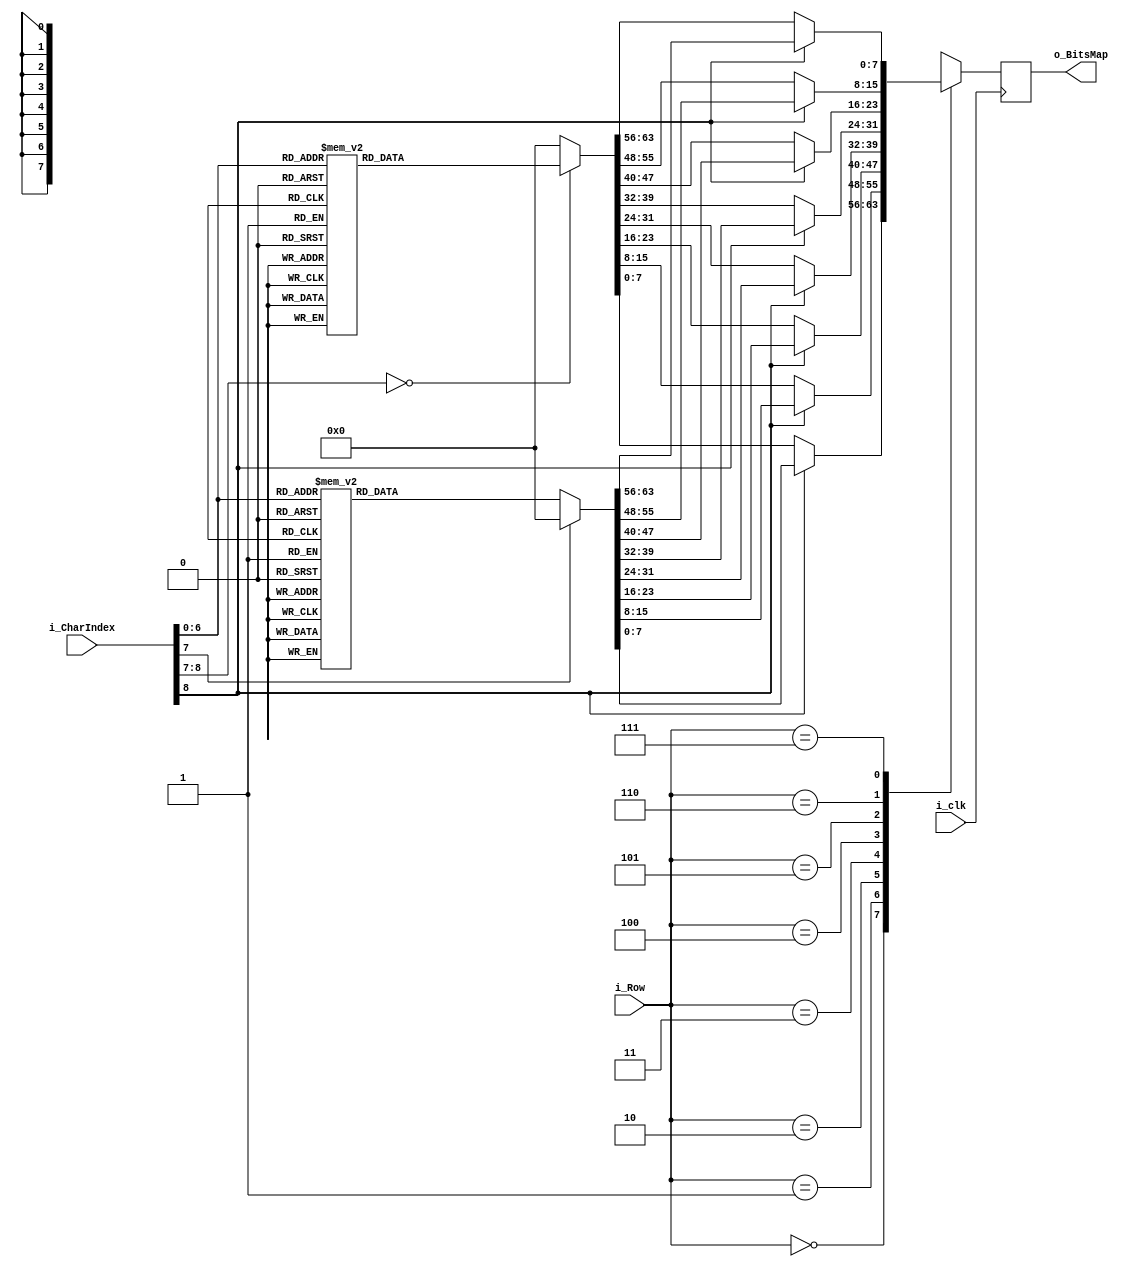
`timescale 1ns / 1ps
//////////////////////////////////////////////////////////////////////////////////
// Company: 
// Engineer: 
// 
// Design Name: 
// Module Name:    CharROM 
// Project Name: 
// Target Devices: 
// Tool versions: 
// Description: 
//
// Dependencies: 
//
// Revision: 
// Revision 0.01 - File Created
// Additional Comments: 
//
//////////////////////////////////////////////////////////////////////////////////
module CharROM(
	 input i_clk,
	 input[8:0] i_CharIndex,
	 input[2:0] i_Row,
	 output[7:0] o_BitsMap
    );

	reg[7:0] r_CharArray [0:7];
	reg[7:0] r_BitsMap = 'b0;
	
	always @(posedge i_clk)
		begin
			r_CharArray[0] = 'h00;
			r_CharArray[1] = 'h00;
			r_CharArray[2] = 'h00;
			r_CharArray[3] = 'h00;
			r_CharArray[4] = 'h00;
			r_CharArray[5] = 'h00;
			r_CharArray[6] = 'h00;
			r_CharArray[7] = 'h00;
		
		
			if (i_CharIndex[8] == 'b0)				//---------------LOW CAPS LOCK-------------
				case (i_CharIndex)
					'h45:									// Num = 0
						begin
							r_CharArray[0] = 'h00;
							r_CharArray[1] = 'h1C;
							r_CharArray[2] = 'h22;
							r_CharArray[3] = 'h32;
							r_CharArray[4] = 'h2A;
							r_CharArray[5] = 'h26;
							r_CharArray[6] = 'h22;
							r_CharArray[7] = 'h1C;
						end
					'h16:									// Num = 1
						begin
							r_CharArray[0] = 'h00;
							r_CharArray[1] = 'h08;
							r_CharArray[2] = 'h0C;
							r_CharArray[3] = 'h08;
							r_CharArray[4] = 'h08;
							r_CharArray[5] = 'h08;
							r_CharArray[6] = 'h08;
							r_CharArray[7] = 'h1C;
						end
					'h1E:									// Num = 2
						begin
							r_CharArray[0] = 'h00;
							r_CharArray[1] = 'h1C;
							r_CharArray[2] = 'h22;
							r_CharArray[3] = 'h20;
							r_CharArray[4] = 'h10;
							r_CharArray[5] = 'h08;
							r_CharArray[6] = 'h04;
							r_CharArray[7] = 'h3E;
						end
					'h26:									// Num = 3
						begin
							r_CharArray[0] = 'h00;
							r_CharArray[1] = 'h3E;
							r_CharArray[2] = 'h10;
							r_CharArray[3] = 'h08;
							r_CharArray[4] = 'h10;
							r_CharArray[5] = 'h20;
							r_CharArray[6] = 'h22;
							r_CharArray[7] = 'h1C;
						end
					'h25:									// Num = 4
						begin
							r_CharArray[0] = 'h00;
							r_CharArray[1] = 'h10;
							r_CharArray[2] = 'h18;
							r_CharArray[3] = 'h14;
							r_CharArray[4] = 'h12;
							r_CharArray[5] = 'h7E;
							r_CharArray[6] = 'h10;
							r_CharArray[7] = 'h10;
						end
					'h2E:									// Num = 5
						begin
							r_CharArray[0] = 'h00;
							r_CharArray[1] = 'h3E;
							r_CharArray[2] = 'h02;
							r_CharArray[3] = 'h1E;
							r_CharArray[4] = 'h20;
							r_CharArray[5] = 'h20;
							r_CharArray[6] = 'h22;
							r_CharArray[7] = 'h1C;
						end
					'h36:									// Num = 6
						begin
							r_CharArray[0] = 'h00;
							r_CharArray[1] = 'h18;
							r_CharArray[2] = 'h04;
							r_CharArray[3] = 'h02;
							r_CharArray[4] = 'h1E;
							r_CharArray[5] = 'h22;
							r_CharArray[6] = 'h22;
							r_CharArray[7] = 'h1C;
						end
					'h3D:									// Num = 7
						begin
							r_CharArray[0] = 'h00;
							r_CharArray[1] = 'h3E;
							r_CharArray[2] = 'h22;
							r_CharArray[3] = 'h10;
							r_CharArray[4] = 'h08;
							r_CharArray[5] = 'h08;
							r_CharArray[6] = 'h08;
							r_CharArray[7] = 'h08;
						end
					'h3E:									// Num = 8
						begin
							r_CharArray[0] = 'h00;
							r_CharArray[1] = 'h1C;
							r_CharArray[2] = 'h22;
							r_CharArray[3] = 'h22;
							r_CharArray[4] = 'h1C;
							r_CharArray[5] = 'h22;
							r_CharArray[6] = 'h22;
							r_CharArray[7] = 'h1C;
						end
					'h46:									// Num = 9
						begin
							r_CharArray[0] = 'h00;
							r_CharArray[1] = 'h1C;
							r_CharArray[2] = 'h22;
							r_CharArray[3] = 'h22;
							r_CharArray[4] = 'h3C;
							r_CharArray[5] = 'h20;
							r_CharArray[6] = 'h10;
							r_CharArray[7] = 'h0C;
						end
					'h4E:									// Char = -
						begin
							r_CharArray[0] = 'h00;
							r_CharArray[1] = 'h00;
							r_CharArray[2] = 'h00;
							r_CharArray[3] = 'h00;
							r_CharArray[4] = 'h3E;
							r_CharArray[5] = 'h00;
							r_CharArray[6] = 'h00;
							r_CharArray[7] = 'h00;						
						end
					'h55:									// Char = 
						begin
							r_CharArray[0] = 'h00;
							r_CharArray[1] = 'h00;
							r_CharArray[2] = 'h00;
							r_CharArray[3] = 'h3E;
							r_CharArray[4] = 'h00;
							r_CharArray[5] = 'h3E;
							r_CharArray[6] = 'h00;
							r_CharArray[7] = 'h00;						
						end
					'h54:									// Char = [
						begin
							r_CharArray[0] = 'h00;
							r_CharArray[1] = 'h1C;
							r_CharArray[2] = 'h04;
							r_CharArray[3] = 'h04;
							r_CharArray[4] = 'h04;
							r_CharArray[5] = 'h04;
							r_CharArray[6] = 'h04;
							r_CharArray[7] = 'h1C;						
						end
					'h5B:									// Char = ]
						begin
							r_CharArray[0] = 'h00;
							r_CharArray[1] = 'h1C;
							r_CharArray[2] = 'h10;
							r_CharArray[3] = 'h10;
							r_CharArray[4] = 'h10;
							r_CharArray[5] = 'h10;
							r_CharArray[6] = 'h10;
							r_CharArray[7] = 'h1C;						
						end
					'h4C:									// Char = ;
						begin
							r_CharArray[0] = 'h00;
							r_CharArray[1] = 'h00;
							r_CharArray[2] = 'h0C;
							r_CharArray[3] = 'h0C;
							r_CharArray[4] = 'h00;
							r_CharArray[5] = 'h0C;
							r_CharArray[6] = 'h08;
							r_CharArray[7] = 'h04;						
						end
					'h52:										// Char = '
						begin
							r_CharArray[0] = 'h00;
							r_CharArray[1] = 'h08;
							r_CharArray[2] = 'h08;
							r_CharArray[3] = 'h08;
							r_CharArray[4] = 'h00;
							r_CharArray[5] = 'h00;
							r_CharArray[6] = 'h00;
							r_CharArray[7] = 'h00;
						end
					'h41:									// Char = ,
						begin
							r_CharArray[0] = 'h00;
							r_CharArray[1] = 'h00;
							r_CharArray[2] = 'h00;
							r_CharArray[3] = 'h00;
							r_CharArray[4] = 'h00;
							r_CharArray[5] = 'h0C;
							r_CharArray[6] = 'h08;
							r_CharArray[7] = 'h04;						
						end
					'h49:									// Char = .
						begin
							r_CharArray[0] = 'h00;
							r_CharArray[1] = 'h00;
							r_CharArray[2] = 'h00;
							r_CharArray[3] = 'h00;
							r_CharArray[4] = 'h00;
							r_CharArray[5] = 'h00;
							r_CharArray[6] = 'h0C;
							r_CharArray[7] = 'h0C;						
						end
					'h4A:									// Char = /
						begin
							r_CharArray[0] = 'h00;
							r_CharArray[1] = 'h00;
							r_CharArray[2] = 'h20;
							r_CharArray[3] = 'h10;
							r_CharArray[4] = 'h08;
							r_CharArray[5] = 'h04;
							r_CharArray[6] = 'h02;
							r_CharArray[7] = 'h00;						
						end
					'h5D:									// Char = \
						begin
							r_CharArray[0] = 'h00;
							r_CharArray[1] = 'h00;
							r_CharArray[2] = 'h02;
							r_CharArray[3] = 'h04;
							r_CharArray[4] = 'h08;
							r_CharArray[5] = 'h10;
							r_CharArray[6] = 'h20;
							r_CharArray[7] = 'h00;						
						end
						
						
					'h1C:									// Char = a
						begin
							r_CharArray[0] = 'h00;
							r_CharArray[1] = 'h00;
							r_CharArray[2] = 'h00;
							r_CharArray[3] = 'h1C;
							r_CharArray[4] = 'h20;
							r_CharArray[5] = 'h3C;
							r_CharArray[6] = 'h22;
							r_CharArray[7] = 'h3C;
						end
					'h32:										// Char = b
						begin
							r_CharArray[0] = 'h00;
							r_CharArray[1] = 'h02;
							r_CharArray[2] = 'h02;
							r_CharArray[3] = 'h1A;
							r_CharArray[4] = 'h26;
							r_CharArray[5] = 'h22;
							r_CharArray[6] = 'h22;
							r_CharArray[7] = 'h1E;
						end
					'h21:										// Char = c
						begin
							r_CharArray[0] = 'h00;
							r_CharArray[1] = 'h00;
							r_CharArray[2] = 'h00;
							r_CharArray[3] = 'h1C;
							r_CharArray[4] = 'h02;
							r_CharArray[5] = 'h02;
							r_CharArray[6] = 'h22;
							r_CharArray[7] = 'h1C;
						end
					'h23:										// Char = d
						begin
							r_CharArray[0] = 'h00;
							r_CharArray[1] = 'h20;
							r_CharArray[2] = 'h20;
							r_CharArray[3] = 'h2C;
							r_CharArray[4] = 'h32;
							r_CharArray[5] = 'h22;
							r_CharArray[6] = 'h22;
							r_CharArray[7] = 'h3C;
						end
					'h24:										// Char = e
						begin
							r_CharArray[0] = 'h00;
							r_CharArray[1] = 'h00;
							r_CharArray[2] = 'h00;
							r_CharArray[3] = 'h1C;
							r_CharArray[4] = 'h22;
							r_CharArray[5] = 'h3E;
							r_CharArray[6] = 'h02;
							r_CharArray[7] = 'h1C;
						end
					'h2B:										// Char = f
						begin
							r_CharArray[0] = 'h00;
							r_CharArray[1] = 'h18;
							r_CharArray[2] = 'h24;
							r_CharArray[3] = 'h04;
							r_CharArray[4] = 'h0E;
							r_CharArray[5] = 'h04;
							r_CharArray[6] = 'h04;
							r_CharArray[7] = 'h04;
						end
					'h34:										// Char = g
						begin
							r_CharArray[0] = 'h00;
							r_CharArray[1] = 'h00;
							r_CharArray[2] = 'h00;
							r_CharArray[3] = 'h3C;
							r_CharArray[4] = 'h22;
							r_CharArray[5] = 'h3C;
							r_CharArray[6] = 'h20;
							r_CharArray[7] = 'h1C;
						end
					'h33:										// Char = h
						begin
							r_CharArray[0] = 'h00;
							r_CharArray[1] = 'h02;
							r_CharArray[2] = 'h02;
							r_CharArray[3] = 'h1A;
							r_CharArray[4] = 'h26;
							r_CharArray[5] = 'h22;
							r_CharArray[6] = 'h22;
							r_CharArray[7] = 'h22;
						end
					'h43:										// Char = i
						begin
							r_CharArray[0] = 'h00;
							r_CharArray[1] = 'h08;
							r_CharArray[2] = 'h00;
							r_CharArray[3] = 'h08;
							r_CharArray[4] = 'h0C;
							r_CharArray[5] = 'h08;
							r_CharArray[6] = 'h08;
							r_CharArray[7] = 'h1C;
						end
					'h3B:										// Char = j
						begin
							r_CharArray[0] = 'h00;
							r_CharArray[1] = 'h10;
							r_CharArray[2] = 'h00;
							r_CharArray[3] = 'h18;
							r_CharArray[4] = 'h10;
							r_CharArray[5] = 'h10;
							r_CharArray[6] = 'h12;
							r_CharArray[7] = 'h0C;
						end
					'h42:										// Char = k
						begin
							r_CharArray[0] = 'h00;
							r_CharArray[1] = 'h02;
							r_CharArray[2] = 'h02;
							r_CharArray[3] = 'h12;
							r_CharArray[4] = 'h0A;
							r_CharArray[5] = 'h06;
							r_CharArray[6] = 'h0A;
							r_CharArray[7] = 'h12;
						end
					'h4B:										// Char = l
						begin
							r_CharArray[0] = 'h00;
							r_CharArray[1] = 'h0C;
							r_CharArray[2] = 'h08;
							r_CharArray[3] = 'h08;
							r_CharArray[4] = 'h08;
							r_CharArray[5] = 'h08;
							r_CharArray[6] = 'h08;
							r_CharArray[7] = 'h1C;
						end
					'h3A:										// Char = m
						begin
							r_CharArray[0] = 'h00;
							r_CharArray[1] = 'h00;
							r_CharArray[2] = 'h00;
							r_CharArray[3] = 'h16;
							r_CharArray[4] = 'h2A;
							r_CharArray[5] = 'h2A;
							r_CharArray[6] = 'h2A;
							r_CharArray[7] = 'h2A;
						end
					'h31:										// Char = n
						begin
							r_CharArray[0] = 'h00;
							r_CharArray[1] = 'h00;
							r_CharArray[2] = 'h00;
							r_CharArray[3] = 'h1A;
							r_CharArray[4] = 'h26;
							r_CharArray[5] = 'h22;
							r_CharArray[6] = 'h22;
							r_CharArray[7] = 'h22;
						end
					'h44:										// Char = o
						begin
							r_CharArray[0] = 'h00;
							r_CharArray[1] = 'h00;
							r_CharArray[2] = 'h00;
							r_CharArray[3] = 'h1C;
							r_CharArray[4] = 'h22;
							r_CharArray[5] = 'h22;
							r_CharArray[6] = 'h22;
							r_CharArray[7] = 'h1C;
						end
					'h4D:										// Char = p
						begin
							r_CharArray[0] = 'h00;
							r_CharArray[1] = 'h00;
							r_CharArray[2] = 'h00;
							r_CharArray[3] = 'h1E;
							r_CharArray[4] = 'h22;
							r_CharArray[5] = 'h1E;
							r_CharArray[6] = 'h02;
							r_CharArray[7] = 'h02;
						end
					'h15:										// Char = q
						begin
							r_CharArray[0] = 'h00;
							r_CharArray[1] = 'h00;
							r_CharArray[2] = 'h00;
							r_CharArray[3] = 'h2C;
							r_CharArray[4] = 'h32;
							r_CharArray[5] = 'h3C;
							r_CharArray[6] = 'h20;
							r_CharArray[7] = 'h20;
						end
					'h2D:										// Char = r
						begin
							r_CharArray[0] = 'h00;
							r_CharArray[1] = 'h00;
							r_CharArray[2] = 'h00;
							r_CharArray[3] = 'h1A;
							r_CharArray[4] = 'h26;
							r_CharArray[5] = 'h02;
							r_CharArray[6] = 'h02;
							r_CharArray[7] = 'h02;
						end
					'h1B:										// Char = s
						begin
							r_CharArray[0] = 'h00;
							r_CharArray[1] = 'h00;
							r_CharArray[2] = 'h00;
							r_CharArray[3] = 'h1C;
							r_CharArray[4] = 'h02;
							r_CharArray[5] = 'h1C;
							r_CharArray[6] = 'h20;
							r_CharArray[7] = 'h1E;
						end
					'h2C:										// Char = t
						begin
							r_CharArray[0] = 'h00;
							r_CharArray[1] = 'h04;
							r_CharArray[2] = 'h04;
							r_CharArray[3] = 'h0E;
							r_CharArray[4] = 'h04;
							r_CharArray[5] = 'h04;
							r_CharArray[6] = 'h24;
							r_CharArray[7] = 'h18;
						end
					'h3C:										// Char = u
						begin
							r_CharArray[0] = 'h00;
							r_CharArray[1] = 'h00;
							r_CharArray[2] = 'h00;
							r_CharArray[3] = 'h22;
							r_CharArray[4] = 'h22;
							r_CharArray[5] = 'h22;
							r_CharArray[6] = 'h32;
							r_CharArray[7] = 'h2C;
						end
					'h2A:										// Char = v
						begin
							r_CharArray[0] = 'h00;
							r_CharArray[1] = 'h00;
							r_CharArray[2] = 'h00;
							r_CharArray[3] = 'h22;
							r_CharArray[4] = 'h22;
							r_CharArray[5] = 'h22;
							r_CharArray[6] = 'h14;
							r_CharArray[7] = 'h08;
						end
					'h1D:										// Char = w
						begin
							r_CharArray[0] = 'h00;
							r_CharArray[1] = 'h00;
							r_CharArray[2] = 'h00;
							r_CharArray[3] = 'h22;
							r_CharArray[4] = 'h22;
							r_CharArray[5] = 'h2A;
							r_CharArray[6] = 'h2A;
							r_CharArray[7] = 'h14;
						end
					'h22:										// Char = x
						begin
							r_CharArray[0] = 'h00;
							r_CharArray[1] = 'h00;
							r_CharArray[2] = 'h00;
							r_CharArray[3] = 'h22;
							r_CharArray[4] = 'h14;
							r_CharArray[5] = 'h08;
							r_CharArray[6] = 'h14;
							r_CharArray[7] = 'h22;
						end
					'h35:										// Char = y
						begin
							r_CharArray[0] = 'h00;
							r_CharArray[1] = 'h00;
							r_CharArray[2] = 'h00;
							r_CharArray[3] = 'h22;
							r_CharArray[4] = 'h22;
							r_CharArray[5] = 'h3C;
							r_CharArray[6] = 'h20;
							r_CharArray[7] = 'h1C;
						end
					'h1A:										// Char = z
						begin
							r_CharArray[0] = 'h00;
							r_CharArray[1] = 'h00;
							r_CharArray[2] = 'h00;
							r_CharArray[3] = 'h3E;
							r_CharArray[4] = 'h10;
							r_CharArray[5] = 'h08;
							r_CharArray[6] = 'h04;
							r_CharArray[7] = 'h3E;
						end
				endcase
				
			else												//--------------HIGH CAPS LOCK-----------------
				case (i_CharIndex[7:0])
					'h16:									// Char = !
						begin
							r_CharArray[0] = 'h00;
							r_CharArray[1] = 'h08;
							r_CharArray[2] = 'h08;
							r_CharArray[3] = 'h08;
							r_CharArray[4] = 'h08;
							r_CharArray[5] = 'h00;
							r_CharArray[6] = 'h00;
							r_CharArray[7] = 'h08;
						end
					'h1E:									// Char = @
						begin
							r_CharArray[0] = 'h00;
							r_CharArray[1] = 'h1C;
							r_CharArray[2] = 'h22;
							r_CharArray[3] = 'h20;
							r_CharArray[4] = 'h2C;
							r_CharArray[5] = 'h2A;
							r_CharArray[6] = 'h2A;
							r_CharArray[7] = 'h1C;
						end
					'h26:									// Char = #
						begin
							r_CharArray[0] = 'h00;
							r_CharArray[1] = 'h14;
							r_CharArray[2] = 'h14;
							r_CharArray[3] = 'h3E;
							r_CharArray[4] = 'h14;
							r_CharArray[5] = 'h3E;
							r_CharArray[6] = 'h14;
							r_CharArray[7] = 'h14;
						end
					'h25:									// Char = $
						begin
							r_CharArray[0] = 'h00;
							r_CharArray[1] = 'h08;
							r_CharArray[2] = 'h3C;
							r_CharArray[3] = 'h0A;
							r_CharArray[4] = 'h1C;
							r_CharArray[5] = 'h28;
							r_CharArray[6] = 'h1E;
							r_CharArray[7] = 'h08;
						end
					'h2E:									// Char = %
						begin
							r_CharArray[0] = 'h00;
							r_CharArray[1] = 'h06;
							r_CharArray[2] = 'h26;
							r_CharArray[3] = 'h10;
							r_CharArray[4] = 'h08;
							r_CharArray[5] = 'h04;
							r_CharArray[6] = 'h32;
							r_CharArray[7] = 'h30;
						end
					'h36:									// Char = ^
						begin
							r_CharArray[0] = 'h00;
							r_CharArray[1] = 'h08;
							r_CharArray[2] = 'h14;
							r_CharArray[3] = 'h22;
							r_CharArray[4] = 'h00;
							r_CharArray[5] = 'h00;
							r_CharArray[6] = 'h00;
							r_CharArray[7] = 'h00;
						end
					'h3D:									// Char = &
						begin
							r_CharArray[0] = 'h00;
							r_CharArray[1] = 'h0C;
							r_CharArray[2] = 'h12;
							r_CharArray[3] = 'h0A;
							r_CharArray[4] = 'h04;
							r_CharArray[5] = 'h2A;
							r_CharArray[6] = 'h12;
							r_CharArray[7] = 'h2C;
						end
					'h3E:									// Char = *
						begin
							r_CharArray[0] = 'h00;
							r_CharArray[1] = 'h00;
							r_CharArray[2] = 'h08;
							r_CharArray[3] = 'h2A;
							r_CharArray[4] = 'h1C;
							r_CharArray[5] = 'h2A;
							r_CharArray[6] = 'h08;
							r_CharArray[7] = 'h00;
						end
					'h46:									// Num = (
						begin
							r_CharArray[0] = 'h00;
							r_CharArray[1] = 'h10;
							r_CharArray[2] = 'h08;
							r_CharArray[3] = 'h04;
							r_CharArray[4] = 'h04;
							r_CharArray[5] = 'h04;
							r_CharArray[6] = 'h08;
							r_CharArray[7] = 'h10;
						end
					'h45:									// Char = )
						begin
							r_CharArray[0] = 'h00;
							r_CharArray[1] = 'h04;
							r_CharArray[2] = 'h08;
							r_CharArray[3] = 'h10;
							r_CharArray[4] = 'h10;
							r_CharArray[5] = 'h10;
							r_CharArray[6] = 'h08;
							r_CharArray[7] = 'h04;						
						end
					'h4E:									// Char = _
						begin
							r_CharArray[0] = 'h00;
							r_CharArray[1] = 'h00;
							r_CharArray[2] = 'h00;
							r_CharArray[3] = 'h00;
							r_CharArray[4] = 'h00;
							r_CharArray[5] = 'h00;
							r_CharArray[6] = 'h00;
							r_CharArray[7] = 'h3E;						
						end
					'h55:									// Char = +
						begin
							r_CharArray[0] = 'h00;
							r_CharArray[1] = 'h00;
							r_CharArray[2] = 'h08;
							r_CharArray[3] = 'h08;
							r_CharArray[4] = 'h3E;
							r_CharArray[5] = 'h08;
							r_CharArray[6] = 'h08;
							r_CharArray[7] = 'h00;						
						end
					'h54:									// Char = {
						begin
							r_CharArray[0] = 'h00;
							r_CharArray[1] = 'h10;
							r_CharArray[2] = 'h08;
							r_CharArray[3] = 'h08;
							r_CharArray[4] = 'h04;
							r_CharArray[5] = 'h08;
							r_CharArray[6] = 'h08;
							r_CharArray[7] = 'h10;						
						end
					'h5B:									// Char = }
						begin
							r_CharArray[0] = 'h00;
							r_CharArray[1] = 'h04;
							r_CharArray[2] = 'h08;
							r_CharArray[3] = 'h08;
							r_CharArray[4] = 'h10;
							r_CharArray[5] = 'h08;
							r_CharArray[6] = 'h08;
							r_CharArray[7] = 'h04;						
						end
					'h4C:									// Char = :
						begin
							r_CharArray[0] = 'h00;
							r_CharArray[1] = 'h00;
							r_CharArray[2] = 'h0C;
							r_CharArray[3] = 'h0C;
							r_CharArray[4] = 'h00;
							r_CharArray[5] = 'h0C;
							r_CharArray[6] = 'h0C;
							r_CharArray[7] = 'h00;						
						end
					'h52:										// Char = "
						begin
							r_CharArray[0] = 'h00;
							r_CharArray[1] = 'h14;
							r_CharArray[2] = 'h14;
							r_CharArray[3] = 'h14;
							r_CharArray[4] = 'h00;
							r_CharArray[5] = 'h00;
							r_CharArray[6] = 'h00;
							r_CharArray[7] = 'h00;
						end
					'h41:									// Char = <
						begin
							r_CharArray[0] = 'h00;
							r_CharArray[1] = 'h10;
							r_CharArray[2] = 'h08;
							r_CharArray[3] = 'h04;
							r_CharArray[4] = 'h02;
							r_CharArray[5] = 'h04;
							r_CharArray[6] = 'h08;
							r_CharArray[7] = 'h10;						
						end
					'h49:									// Char = >
						begin
							r_CharArray[0] = 'h00;
							r_CharArray[1] = 'h04;
							r_CharArray[2] = 'h08;
							r_CharArray[3] = 'h10;
							r_CharArray[4] = 'h20;
							r_CharArray[5] = 'h10;
							r_CharArray[6] = 'h08;
							r_CharArray[7] = 'h04;						
						end
					'h4A:									// Char = ?
						begin
							r_CharArray[0] = 'h00;
							r_CharArray[1] = 'h1C;
							r_CharArray[2] = 'h22;
							r_CharArray[3] = 'h20;
							r_CharArray[4] = 'h10;
							r_CharArray[5] = 'h08;
							r_CharArray[6] = 'h00;
							r_CharArray[7] = 'h08;						
						end
					'h5D:									// Char = |
						begin
							r_CharArray[0] = 'h00;
							r_CharArray[1] = 'h08;
							r_CharArray[2] = 'h08;
							r_CharArray[3] = 'h08;
							r_CharArray[4] = 'h08;
							r_CharArray[5] = 'h08;
							r_CharArray[6] = 'h08;
							r_CharArray[7] = 'h08;						
						end
						
					
					
					'h1C:										// Char = A
						begin
							r_CharArray[0] = 'h00;
							r_CharArray[1] = 'h08;
							r_CharArray[2] = 'h14;
							r_CharArray[3] = 'h22;
							r_CharArray[4] = 'h22;
							r_CharArray[5] = 'h3E;
							r_CharArray[6] = 'h22;
							r_CharArray[7] = 'h22;
						end					
					'h32:										// Char = B
						begin
							r_CharArray[0] = 'h00;
							r_CharArray[1] = 'h1E;
							r_CharArray[2] = 'h22;
							r_CharArray[3] = 'h22;
							r_CharArray[4] = 'h1E;
							r_CharArray[5] = 'h22;
							r_CharArray[6] = 'h22;
							r_CharArray[7] = 'h1E;
						end
					'h21:										// Char = C
						begin
							r_CharArray[0] = 'h00;
							r_CharArray[1] = 'h1C;
							r_CharArray[2] = 'h22;
							r_CharArray[3] = 'h02;
							r_CharArray[4] = 'h02;
							r_CharArray[5] = 'h02;
							r_CharArray[6] = 'h22;
							r_CharArray[7] = 'h1C;
						end
					'h23:										// Char = D
						begin
							r_CharArray[0] = 'h00;
							r_CharArray[1] = 'h0E;
							r_CharArray[2] = 'h12;
							r_CharArray[3] = 'h22;
							r_CharArray[4] = 'h22;
							r_CharArray[5] = 'h22;
							r_CharArray[6] = 'h12;
							r_CharArray[7] = 'h0E;
						end
					'h24:										// Char = E
						begin
							r_CharArray[0] = 'h00;
							r_CharArray[1] = 'h3E;
							r_CharArray[2] = 'h02;
							r_CharArray[3] = 'h02;
							r_CharArray[4] = 'h1E;
							r_CharArray[5] = 'h02;
							r_CharArray[6] = 'h02;
							r_CharArray[7] = 'h3E;
						end
					'h2B:										// Char = F
						begin
							r_CharArray[0] = 'h00;
							r_CharArray[1] = 'h3E;
							r_CharArray[2] = 'h02;
							r_CharArray[3] = 'h02;
							r_CharArray[4] = 'h1E;
							r_CharArray[5] = 'h02;
							r_CharArray[6] = 'h02;
							r_CharArray[7] = 'h02;
						end
					'h34:										// Char = G
						begin
							r_CharArray[0] = 'h00;
							r_CharArray[1] = 'h1C;
							r_CharArray[2] = 'h22;
							r_CharArray[3] = 'h02;
							r_CharArray[4] = 'h3A;
							r_CharArray[5] = 'h22;
							r_CharArray[6] = 'h22;
							r_CharArray[7] = 'h3C;
						end
					'h33:										// Char = H
						begin
							r_CharArray[0] = 'h00;
							r_CharArray[1] = 'h22;
							r_CharArray[2] = 'h22;
							r_CharArray[3] = 'h22;
							r_CharArray[4] = 'h3E;
							r_CharArray[5] = 'h22;
							r_CharArray[6] = 'h22;
							r_CharArray[7] = 'h22;
						end
					'h43:										// Char = I
						begin
							r_CharArray[0] = 'h00;
							r_CharArray[1] = 'h1C;
							r_CharArray[2] = 'h08;
							r_CharArray[3] = 'h08;
							r_CharArray[4] = 'h08;
							r_CharArray[5] = 'h08;
							r_CharArray[6] = 'h08;
							r_CharArray[7] = 'h1C;
						end
					'h3B:										// Char = J
						begin
							r_CharArray[0] = 'h00;
							r_CharArray[1] = 'h38;
							r_CharArray[2] = 'h10;
							r_CharArray[3] = 'h10;
							r_CharArray[4] = 'h10;
							r_CharArray[5] = 'h10;
							r_CharArray[6] = 'h12;
							r_CharArray[7] = 'h0C;
						end
					'h42:										// Char = K
						begin
							r_CharArray[0] = 'h00;
							r_CharArray[1] = 'h22;
							r_CharArray[2] = 'h12;
							r_CharArray[3] = 'h0A;
							r_CharArray[4] = 'h06;
							r_CharArray[5] = 'h0A;
							r_CharArray[6] = 'h12;
							r_CharArray[7] = 'h22;
						end
					'h4B:										// Char = L
						begin
							r_CharArray[0] = 'h00;
							r_CharArray[1] = 'h02;
							r_CharArray[2] = 'h02;
							r_CharArray[3] = 'h02;
							r_CharArray[4] = 'h02;
							r_CharArray[5] = 'h02;
							r_CharArray[6] = 'h02;
							r_CharArray[7] = 'h3E;
						end
					'h3A:										// Char = M
						begin
							r_CharArray[0] = 'h00;
							r_CharArray[1] = 'h22;
							r_CharArray[2] = 'h36;
							r_CharArray[3] = 'h2A;
							r_CharArray[4] = 'h2A;
							r_CharArray[5] = 'h22;
							r_CharArray[6] = 'h22;
							r_CharArray[7] = 'h22;
						end
					'h31:										// Char = N
						begin
							r_CharArray[0] = 'h00;
							r_CharArray[1] = 'h22;
							r_CharArray[2] = 'h22;
							r_CharArray[3] = 'h26;
							r_CharArray[4] = 'h2A;
							r_CharArray[5] = 'h32;
							r_CharArray[6] = 'h22;
							r_CharArray[7] = 'h22;
						end
					'h44:										// Char = O
						begin
							r_CharArray[0] = 'h00;
							r_CharArray[1] = 'h1C;
							r_CharArray[2] = 'h22;
							r_CharArray[3] = 'h22;
							r_CharArray[4] = 'h22;
							r_CharArray[5] = 'h22;
							r_CharArray[6] = 'h22;
							r_CharArray[7] = 'h1C;
						end
					'h4D:										// Char = P
						begin
							r_CharArray[0] = 'h00;
							r_CharArray[1] = 'h1E;
							r_CharArray[2] = 'h22;
							r_CharArray[3] = 'h22;
							r_CharArray[4] = 'h1E;
							r_CharArray[5] = 'h02;
							r_CharArray[6] = 'h02;
							r_CharArray[7] = 'h02;
						end
					'h15:										// Char = Q
						begin
							r_CharArray[0] = 'h00;
							r_CharArray[1] = 'h1C;
							r_CharArray[2] = 'h22;
							r_CharArray[3] = 'h22;
							r_CharArray[4] = 'h22;
							r_CharArray[5] = 'h2A;
							r_CharArray[6] = 'h12;
							r_CharArray[7] = 'h2C;
						end
					'h2D:										// Char = R
						begin
							r_CharArray[0] = 'h00;
							r_CharArray[1] = 'h1E;
							r_CharArray[2] = 'h22;
							r_CharArray[3] = 'h22;
							r_CharArray[4] = 'h1E;
							r_CharArray[5] = 'h0A;
							r_CharArray[6] = 'h12;
							r_CharArray[7] = 'h22;
						end
					'h1B:										// Char = S
						begin
							r_CharArray[0] = 'h00;
							r_CharArray[1] = 'h1C;
							r_CharArray[2] = 'h22;
							r_CharArray[3] = 'h02;
							r_CharArray[4] = 'h1C;
							r_CharArray[5] = 'h20;
							r_CharArray[6] = 'h22;
							r_CharArray[7] = 'h1C;
						end
					'h2C:										// Char = T
						begin
							r_CharArray[0] = 'h00;
							r_CharArray[1] = 'h3E;
							r_CharArray[2] = 'h08;
							r_CharArray[3] = 'h08;
							r_CharArray[4] = 'h08;
							r_CharArray[5] = 'h08;
							r_CharArray[6] = 'h08;
							r_CharArray[7] = 'h08;
						end
					'h3C:										// Char = U
						begin
							r_CharArray[0] = 'h00;
							r_CharArray[1] = 'h22;
							r_CharArray[2] = 'h22;
							r_CharArray[3] = 'h22;
							r_CharArray[4] = 'h22;
							r_CharArray[5] = 'h22;
							r_CharArray[6] = 'h22;
							r_CharArray[7] = 'h1C;
						end
					'h2A:										// Char = V
						begin
							r_CharArray[0] = 'h00;
							r_CharArray[1] = 'h22;
							r_CharArray[2] = 'h22;
							r_CharArray[3] = 'h22;
							r_CharArray[4] = 'h22;
							r_CharArray[5] = 'h22;
							r_CharArray[6] = 'h14;
							r_CharArray[7] = 'h08;
						end
					'h1D:										// Char = W
						begin
							r_CharArray[0] = 'h00;
							r_CharArray[1] = 'h22;
							r_CharArray[2] = 'h22;
							r_CharArray[3] = 'h22;
							r_CharArray[4] = 'h2A;
							r_CharArray[5] = 'h2A;
							r_CharArray[6] = 'h2A;
							r_CharArray[7] = 'h14;
						end
					'h22:										// Char = X
						begin
							r_CharArray[0] = 'h00;
							r_CharArray[1] = 'h22;
							r_CharArray[2] = 'h22;
							r_CharArray[3] = 'h14;
							r_CharArray[4] = 'h08;
							r_CharArray[5] = 'h14;
							r_CharArray[6] = 'h22;
							r_CharArray[7] = 'h22;
						end
					'h35:										// Char = Y
						begin
							r_CharArray[0] = 'h00;
							r_CharArray[1] = 'h22;
							r_CharArray[2] = 'h22;
							r_CharArray[3] = 'h22;
							r_CharArray[4] = 'h14;
							r_CharArray[5] = 'h08;
							r_CharArray[6] = 'h08;
							r_CharArray[7] = 'h08;
						end
					'h1A:										// Char = Z
						begin
							r_CharArray[0] = 'h00;
							r_CharArray[1] = 'h3E;
							r_CharArray[2] = 'h20;
							r_CharArray[3] = 'h10;
							r_CharArray[4] = 'h08;
							r_CharArray[5] = 'h04;
							r_CharArray[6] = 'h02;
							r_CharArray[7] = 'h3E;
						end
					
				endcase
		
		
			r_BitsMap = r_CharArray[i_Row];
		end
		
	assign o_BitsMap = r_BitsMap;

endmodule